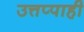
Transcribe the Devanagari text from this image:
उत्तप्पाही